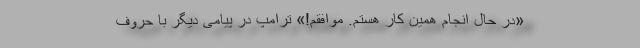
«در حال انجام همین کار هستم. موافقم!» ترامپ در پیامی دیگر با حروف